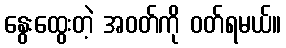
နွေးထွေးတဲ့ အဝတ်ကို ဝတ်ရမယ်။